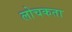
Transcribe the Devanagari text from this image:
लोचकता